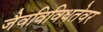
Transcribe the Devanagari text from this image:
जैवविविधतेवर